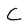
Character: C